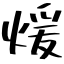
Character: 煖